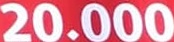
20.000